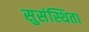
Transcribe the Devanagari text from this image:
सुसंस्थिता